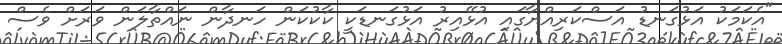
"އެކަމަކު އަޅުގަނޑު އަސްކަރިއްޔާގައި އުޅޭއިރު އަޅުގަނޑަކީ ކާކުކަން ހަނދާން ނައްތާލަން ވަރަށް ވެސް